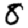
Digit: 8